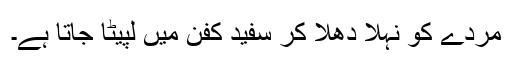
مردے کو نہلا دھلا کر سفید کفن میں لپیٹا جاتا ہے۔